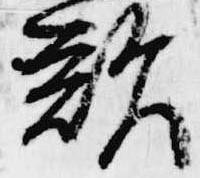
歎